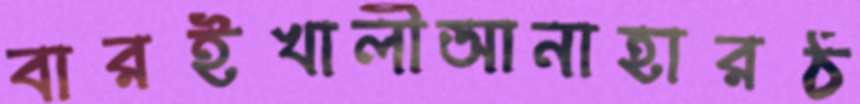
বারইখালীআনাহারঠ